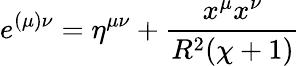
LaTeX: e^{(\mu)\nu}=\eta^{\mu\nu}+\frac{x^{\mu}x^{\nu}}{R^{2}(\chi+1)}